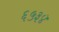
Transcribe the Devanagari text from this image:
६५३४